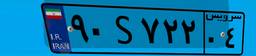
۵۰S۹۲۹۹۸